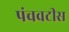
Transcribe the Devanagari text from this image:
पंचवटीस